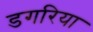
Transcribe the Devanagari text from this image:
डगरिया